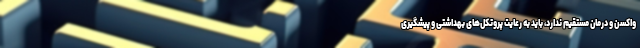
واکسن و درمان مستقیم ندارد، باید به رعایت پروتکل‌های بهداشتی و پیشگیری